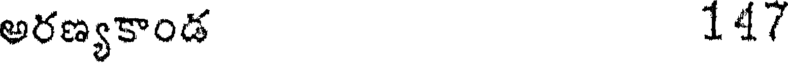
అరణ్యకాండ 147